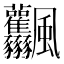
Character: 𩙤